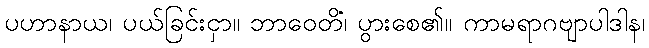
ပဟာနာယ၊ ပယ်ခြင်းငှာ။ ဘာဝေတိ၊ ပွားစေ၏။ ကာမရာဂဗျာပါဒါနံ၊